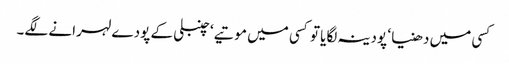
کسی میں دھنیا ‘ پودینہ لگایا تو کسی میں موتیے ‘ چنبلی کے پودے لہرانے لگے۔